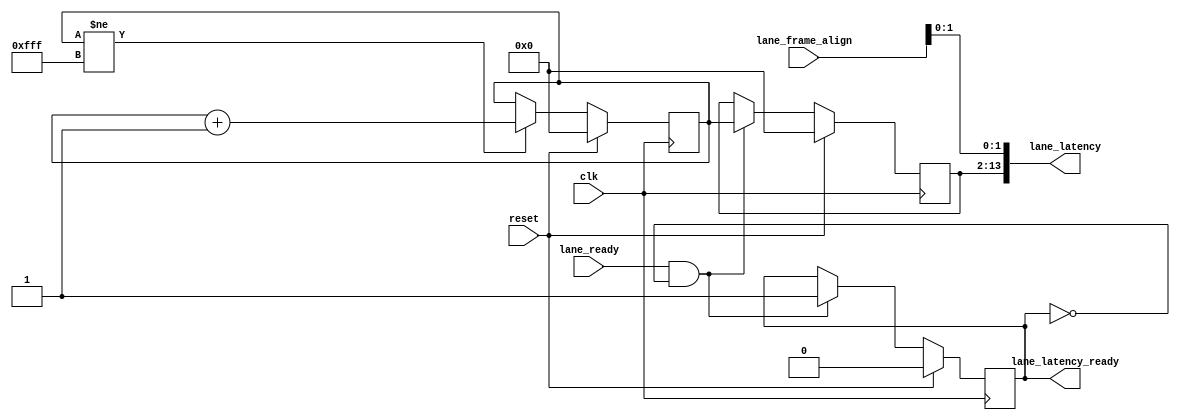
//
// The ADI JESD204 Core is released under the following license, which is
// different than all other HDL cores in this repository.
//
// Please read this, and understand the freedoms and responsibilities you have
// by using this source code/core.
//
// The JESD204 HDL, is copyright  2016-2017 Analog Devices Inc.
//
// This core is free software, you can use run, copy, study, change, ask
// questions about and improve this core. Distribution of source, or resulting
// binaries (including those inside an FPGA or ASIC) require you to release the
// source of the entire project (excluding the system libraries provide by the
// tools/compiler/FPGA vendor). These are the terms of the GNU General Public
// License version 2 as published by the Free Software Foundation.
//
// This core  is distributed in the hope that it will be useful, but WITHOUT ANY
// WARRANTY; without even the implied warranty of MERCHANTABILITY or FITNESS FOR
// A PARTICULAR PURPOSE. See the GNU General Public License for more details.
//
// You should have received a copy of the GNU General Public License version 2
// along with this source code, and binary.  If not, see
// <http://www.gnu.org/licenses/>.
//
// Commercial licenses (with commercial support) of this JESD204 core are also
// available under terms different than the General Public License. (e.g. they
// do not require you to accompany any image (FPGA or ASIC) using the JESD204
// core with any corresponding source code.) For these alternate terms you must
// purchase a license from Analog Devices Technology Licensing Office. Users
// interested in such a license should contact jesd204-licensing@analog.com for
// more information. This commercial license is sub-licensable (if you purchase
// chips from Analog Devices, incorporate them into your PCB level product, and
// purchase a JESD204 license, end users of your product will also have a
// license to use this core in a commercial setting without releasing their
// source code).
//
// In addition, we kindly ask you to acknowledge ADI in any program, application
// or publication in which you use this JESD204 HDL core. (You are not required
// to do so; it is up to your common sense to decide whether you want to comply
// with this request or not.) For general publications, we suggest referencing :
// The design and implementation of the JESD204 HDL Core used in this project
// is copyright  2016-2017, Analog Devices, Inc.
//

`timescale 1ns/100ps

module jesd204_lane_latency_monitor #(
  parameter NUM_LANES = 1,
  parameter DATA_PATH_WIDTH = 4
) (
  input clk,
  input reset,

  input [NUM_LANES-1:0] lane_ready,
  input [NUM_LANES*3-1:0] lane_frame_align,

  output [14*NUM_LANES-1:0] lane_latency,
  output [NUM_LANES-1:0] lane_latency_ready
);

localparam DPW_LOG2 = DATA_PATH_WIDTH == 8 ? 3 : DATA_PATH_WIDTH == 4 ? 2 : 1;
localparam BEAT_CNT_WIDTH = 14-DPW_LOG2;

reg [BEAT_CNT_WIDTH-1:0] beat_counter;

reg [BEAT_CNT_WIDTH-1:0] lane_latency_mem[0:NUM_LANES-1];
reg [NUM_LANES-1:0] lane_captured = 'h00;

always @(posedge clk) begin
  if (reset == 1'b1) begin
    beat_counter <= 'h0;
  end else if (beat_counter != {BEAT_CNT_WIDTH{1'b1}}) begin
    beat_counter <= beat_counter + 1'b1;
  end
end

generate
genvar i;

for (i = 0; i < NUM_LANES; i = i + 1) begin: gen_lane
  always @(posedge clk) begin
    if (reset == 1'b1) begin
      lane_latency_mem[i] <= 'h00;
      lane_captured[i] <= 1'b0;
    end else if (lane_ready[i] == 1'b1 && lane_captured[i] == 1'b0) begin
      lane_latency_mem[i] <= beat_counter;
      lane_captured[i] <= 1'b1;
    end
  end

  assign lane_latency[i*14+13:i*14] = {lane_latency_mem[i],lane_frame_align[(i*DPW_LOG2)+DPW_LOG2-1:i*DPW_LOG2]};
  assign lane_latency_ready[i] = lane_captured[i];
end
endgenerate

endmodule